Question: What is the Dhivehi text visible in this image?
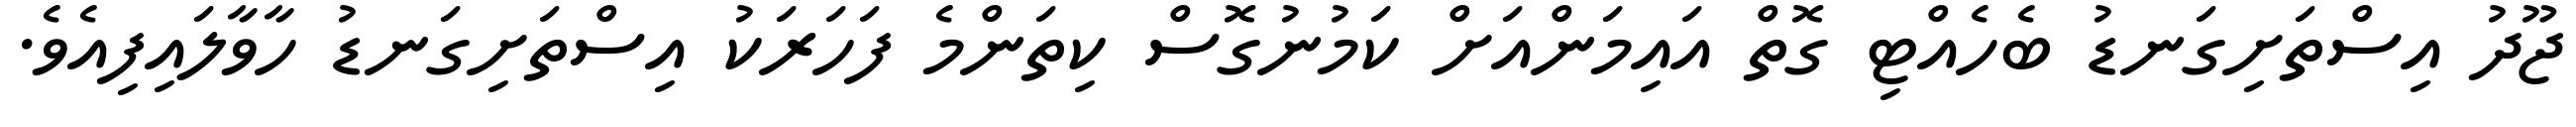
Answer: ޖޫދު އިސްތަށިގަނޑު ބެހެއްޓި ގޮތް އައިމަންއަށް ކަމުނުގޮސް ކިތަންމެ ފަހަރަކު އިސްތަށިގަނޑު ހާވާލައިފިއެވެ.